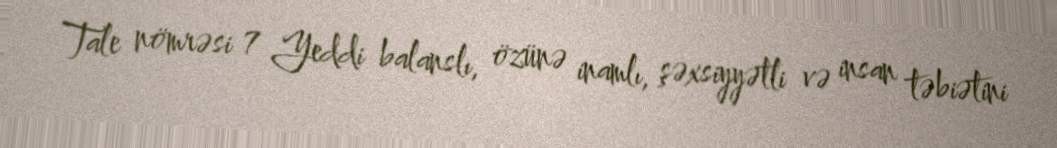
Tale nömrəsi 7 Yeddi balanslı, özünə inamlı, şəxsiyyətli və insan təbiətini